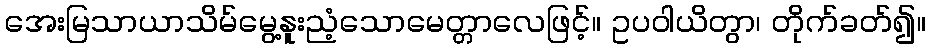
အေးမြသာယာသိမ်မွေ့နူးညံ့သောမေတ္တာလေဖြင့်။ ဥပဝါယိတွာ၊ တိုက်ခတ်၍။